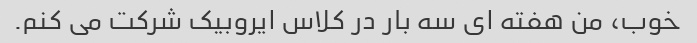
خوب، من هفته ای سه بار در کلاس ایروبیک شرکت می کنم.